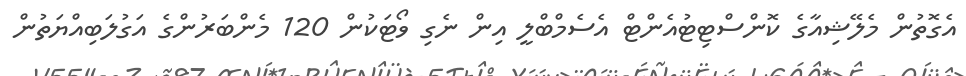
އެގޮތުން މެލޭޝިއާގެ ކޮންސްޓިޓުއެންޓް އެސެމްބްލީ އިން ނެގި ވޯޓަކުން 120 މެންބަރުންގެ އަގުލަބިއްޔަތުން